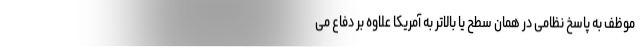
موظف به پاسخ نظامی در همان سطح یا بالاتر به آمریکا علاوه بر دفاع می